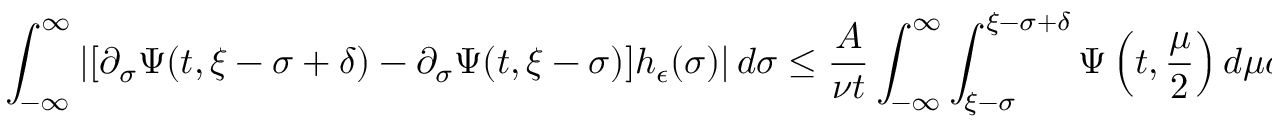
\int _ { - \infty } ^ { \infty } \left| [ \partial _ { \sigma } \Psi ( t , \xi - \sigma + \delta ) - \partial _ { \sigma } \Psi ( t , \xi - \sigma ) ] h _ { \epsilon } ( \sigma ) \right| d \sigma \leq \frac { A } { \nu t } \int _ { - \infty } ^ { \infty } \int _ { \xi - \sigma } ^ { \xi - \sigma + \delta } \Psi \left( t , \frac { \mu } { 2 } \right) d \mu d \sigma = \frac { 2 A \delta } { \nu t } .